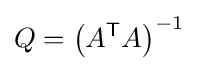
Q=\left(A^{\mathsf {T}}A\right)^{-1}